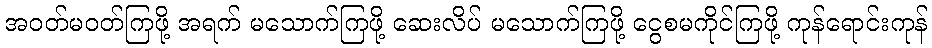
အဝတ်မဝတ်ကြဖို့ အရက် မသောက်ကြဖို့ ဆေးလိပ် မသောက်ကြဖို့ ငွေစမကိုင်ကြဖို့ ကုန်ရောင်းကုန်